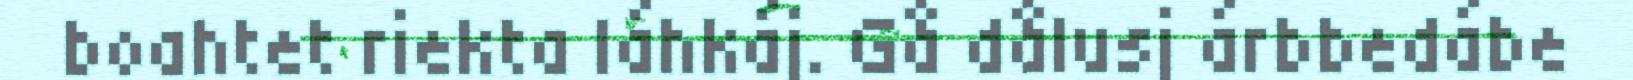
boahtet riekta láhkáj. Gå dålusj árbbedábe